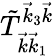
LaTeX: \tilde{T}_{\vec{k}\vec{k}_{1}}^{\vec{k}_{3}\vec{k}}